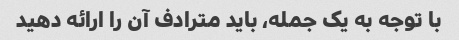
با توجه به یک جمله، باید مترادف آن را ارائه دهید